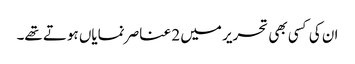
ان کی کسی بھی تحریر میں 2 عناصر نمایاں ہوتے تھے۔